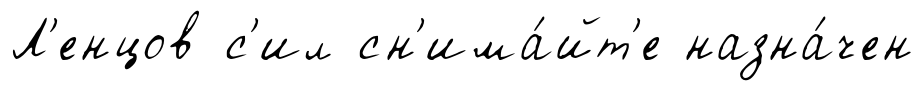
Л'енцов с'ил сн'има́йт'е назна́чен